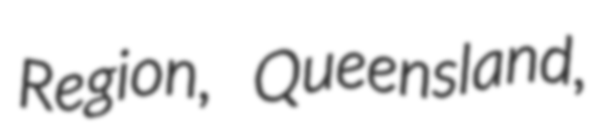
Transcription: Region, Queensland,